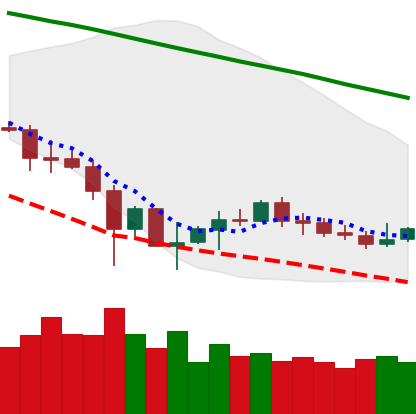
Ticker: ETC-USD
Chart end date: 2019-12-06
Forward return: -3.002%
Label: down_3_5